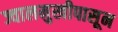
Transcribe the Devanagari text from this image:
ज्वालमुखीपासून